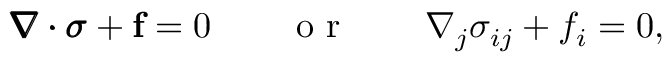
\begin{array} { r } { \pmb { \nabla } \pmb { \cdot } \pmb { \sigma } + \mathbf { f } = 0 \qquad \textnormal { o r } \qquad \nabla _ { j } \sigma _ { i j } + f _ { i } = 0 , } \end{array}